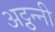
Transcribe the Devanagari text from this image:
अट्ठन्नी